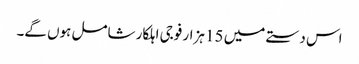
اس دستے میں 15 ہزار فوجی اہلکار شامل ہوں گے۔